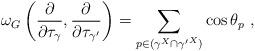
LaTeX: \begin{align*}{\omega_G}\left(\frac{\partial}{\partial \tau_\gamma},\frac{\partial}{\partial \tau_{\gamma'}}\right) = \sum_{p\in (\gamma^X \cap {\gamma'}^X)}\cos \theta_p~,\end{align*}